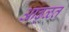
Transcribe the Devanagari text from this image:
आढ्ळत